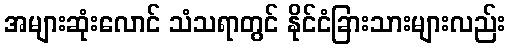
အများဆုံးလောင် သံသရာတွင် နိုင်ငံခြားသားများလည်း